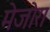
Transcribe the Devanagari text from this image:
मेजोरा